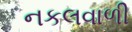
નકલવાળી